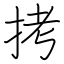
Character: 拷